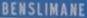
BENSILIMANE